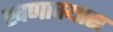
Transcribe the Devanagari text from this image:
खणावयास